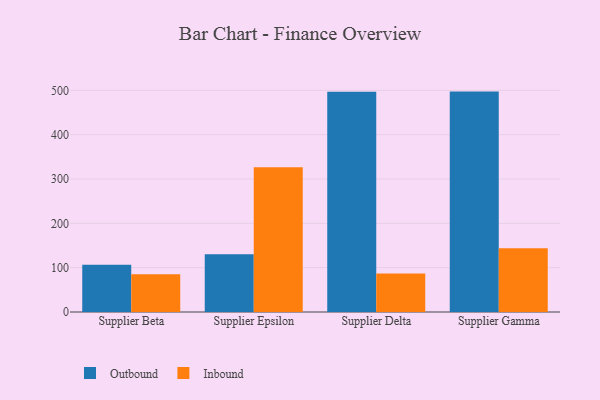
{"axis": {"x": "Supplier", "y": "Headcount"}, "legend": ["Inbound", "Outbound"], "data": [{"x": "Supplier Beta", "y": 106.7, "type": "Outbound"}, {"x": "Supplier Beta", "y": 85.3, "type": "Inbound"}, {"x": "Supplier Epsilon", "y": 130.4, "type": "Outbound"}, {"x": "Supplier Epsilon", "y": 326.6, "type": "Inbound"}, {"x": "Supplier Delta", "y": 496.8, "type": "Outbound"}, {"x": "Supplier Delta", "y": 87.0, "type": "Inbound"}, {"x": "Supplier Gamma", "y": 497.1, "type": "Outbound"}, {"x": "Supplier Gamma", "y": 143.6, "type": "Inbound"}]}